Materia medica of Madras volume I
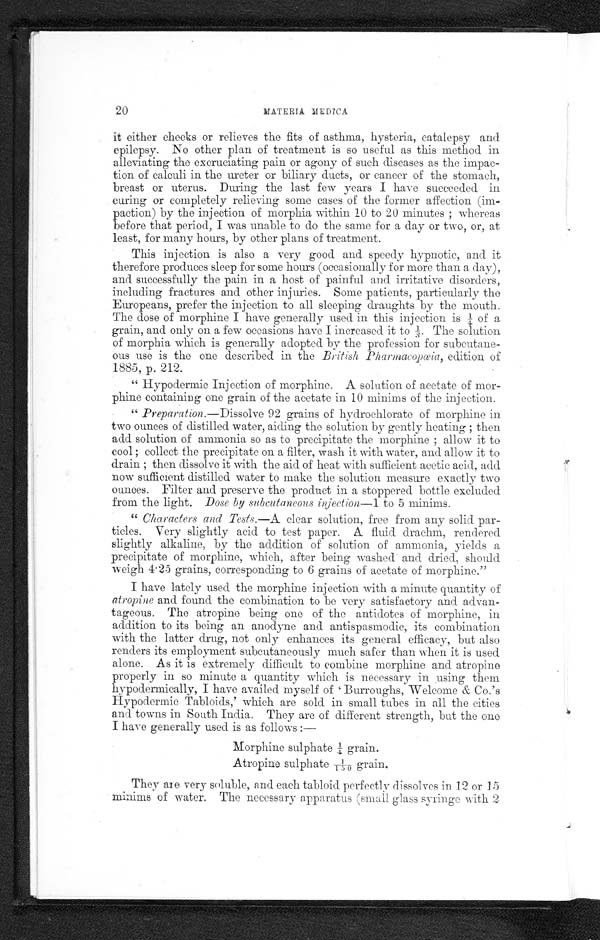
20
MATERIA MEDICA
it either cheeks or relieves the fits of asthma, hysteria, catalepsy and
epilepsy. No other plan of treatment is so useful as this method in
alleviating the excruciating pain or agony of such diseases as the impac-
tion of calculi in the ureter or biliary ducts, or cancer of the stomach,
breast or uterus. During the last few years I have succeeded in
curing or completely relieving some cases of the former affection (im-
paction) by the injection of morphia within 10 to 20 minutes ; whereas
before that period, I was unable to do the same for a day or two, or, at
least, for many hours, by other plans of treatment.
This injection is also a very good and speedy hypnotic, and it
therefore produces sleep for some hours (occasionally for more than a day),
and successfully the pain in a host of painful and irritative disorders,
including fractures and other injuries. Some patients, particularly the
Europeans, prefer the injection to all sleeping draughts by the mouth,
The dose of morphine I have generally used in this injection is ¼ of a
grain, and only on a few occasions have I increased it to 1/3. The solution
of morphia which is generally adopted by the profession for subcutane-
ous use is the one described in the British Pharmacopœia, edition of
1885, p. 212.
" Hypodermic Injection of morphine. A solution of acetate of mor-
phine containing one grain of the acetate in 10 minims of the injection.
" Preparation.—Dissolve 92 grains of hydrochlorate of morphine in
two ounces of distilled water, aiding the solution by gently heating ; then
add solution of ammonia so as to precipitate the morphine ; allow it to
cool ; collect the precipitate on a filter, wash it with water, and allow it to
drain ; then dissolve it with the aid of heat with sufficient acetic acid, add
now sufficient distilled water to make the solution measure exactly two
ounces. Filter and preserve the product in a stoppered bottle excluded
from the light. Dose by subcutaneous injection-1 to 5 minims.
" Characters and Tests.—A clear solution, free from any solid par-
ticles. Very slightly acid to test paper. A. fluid drachm, rendered
slightly alkaline, by the addition of solution of ammonia, yields a
precipitate of morphine, which, after being washed and dried, should
weigh 4.25 grains, corresponding to 6 grains of acetate of morphine."
I have lately used the morphine injection with a minute quantity of
atropine and found the combination to be very satisfactory and advan-
tageous. The atropine being one of the antidotes of morphine, in
addition to its being an anodyne and antispasmodic, its combination
with the latter drug, not only enhances its general efficacy, but also
renders its employment subcutaneously much safer than when it is used
alone. As it is extremely difficult to combine morphine and atropine
properly in so minute a quantity which is necessary in using them
hypodermically, I have availed myself of Burroughs, Welcome Co.'s
Hypodermic Tabloids,' which are sold in small tubes in all the cities
and towns in South India. They are of different strength, but the one
I have generally used is as follows :-
Morphine sulphate ¼ g r a i n .
Atropine sulphate 1/150 g r a i n .
They are very soluble, and each tabloid perfectly dissolves in 12 or 15
minims of water. The necessary apparatus (small glass syringe with 2